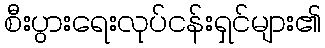
စီးပွားရေးလုပ်ငန်းရှင်များ၏